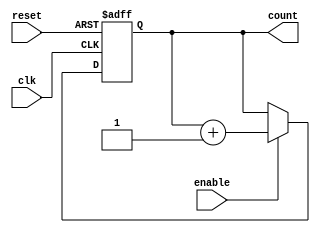
module up_counter (
    input wire clk,        // Clock input
    input wire enable,     // Enable signal
    input wire reset,      // Asynchronous reset signal
    output reg [N-1:0] count // Counter output (N-bit wide)
);
    parameter N = 4; // Define the width of the counter (e.g., 4 bits)

    // Asynchronous reset and counting logic
    always @(posedge clk or posedge reset) begin
        if (reset) begin
            count <= 0; // Reset the counter to 0
        end else if (enable) begin
            count <= count + 1; // Increment the counter
        end
        // If enable is low, the counter retains its value
    end
endmodule